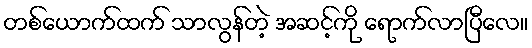
တစ်ယောက်ထက် သာလွန်တဲ့ အဆင့်ကို ရောက်လာပြီလေ။